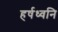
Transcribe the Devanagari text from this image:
हर्षध्वनि